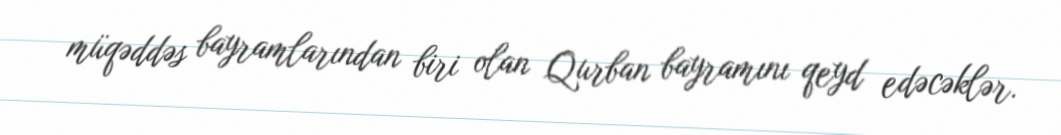
müqəddəs bayramlarından biri olan Qurban bayramını qeyd edəcəklər.